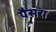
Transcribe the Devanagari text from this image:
पैसरा